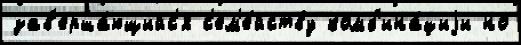
зав'ерша́ющийс'я с'ем'е́йству комб'ина́циjи но